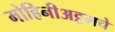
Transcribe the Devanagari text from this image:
मोहिनीअट्टमचे